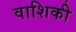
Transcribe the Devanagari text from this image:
वाशिकी